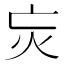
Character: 𭴆